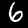
Label: 6